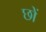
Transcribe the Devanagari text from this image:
छों